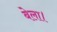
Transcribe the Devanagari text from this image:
बेला।